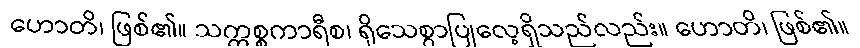
ဟောတိ၊ ဖြစ်၏။ သက္ကစ္စကာရီစ၊ ရိုသေစွာပြုလေ့ရှိသည်လည်း။ ဟောတိ၊ ဖြစ်၏။